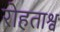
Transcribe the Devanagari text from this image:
रोहताश्व